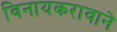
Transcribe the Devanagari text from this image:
विनायकरावाने